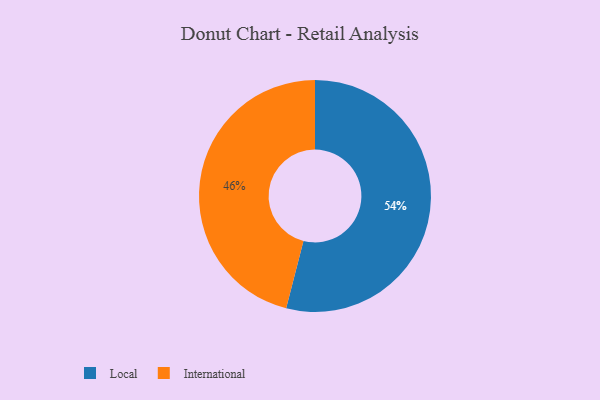
{"axis": {"x": "Category", "y": "Percentage"}, "legend": ["International", "Local"], "data": [{"x": "International", "y": 46, "type": "International"}, {"x": "Local", "y": 54, "type": "Local"}]}